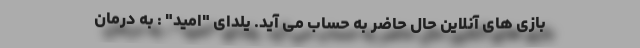
بازی های آنلاین حال حاضر به حساب می آید. یلدای "امید" : به درمان